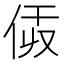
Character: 𠈯